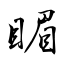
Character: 睸